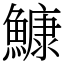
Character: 鱇